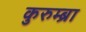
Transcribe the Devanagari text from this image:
कुरुम्ब्रा